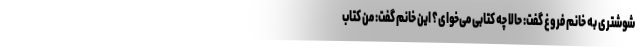
شوشتری به خانم فروغ گفت: حالا چه کتابی می‌خوای؟ این خانم گفت: من کتاب